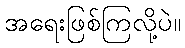
အရေးဖြစ်ကြလို့ပဲ။